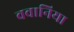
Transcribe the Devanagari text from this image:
ववानिया